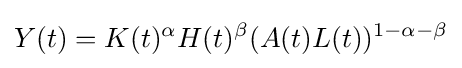
Y(t)=K(t)^{\alpha }H(t)^{\beta }(A(t)L(t))^{1-\alpha -\beta }